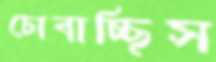
চোবাচ্ছিস